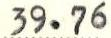
39.76